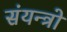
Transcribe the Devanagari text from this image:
संयन्त्रो